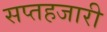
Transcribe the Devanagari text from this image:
सप्तहजारी